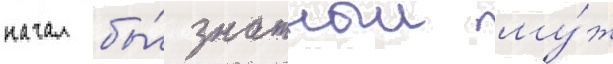
начал бы́ знатныи му́ж